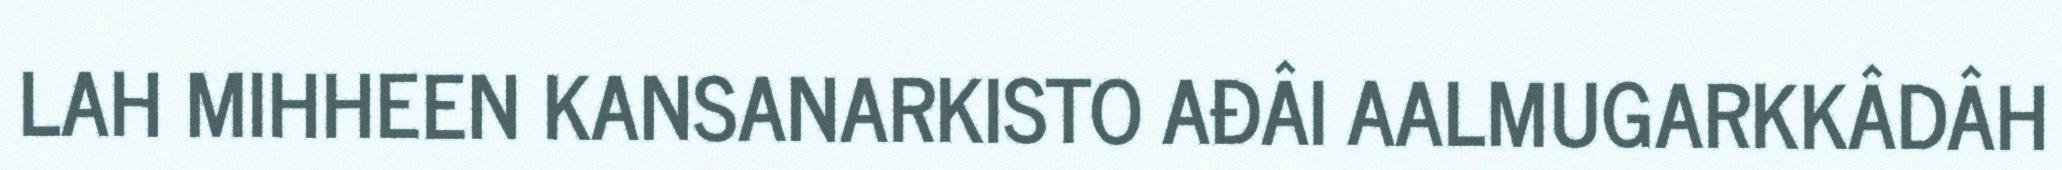
LAH MIHHEEN KANSANARKISTO AĐÂI AALMUGARKKÂDÂH